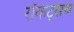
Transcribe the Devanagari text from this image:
रॉकेट्‌सचे